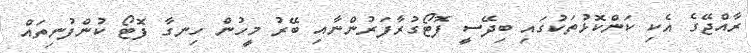
ރާއްޖޭގެ އެކި ކަންކޮޅުތަކުގައި ބިދޭސީ ފޮޓޯގުރާފަރުންނާއި ބޭރު މީހުން ހިނގާ ފޮޓޯ ކުންފުނިތައް